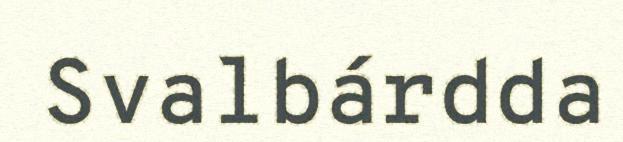
Svalbárdda